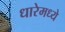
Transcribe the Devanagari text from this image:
धारेमध्ये